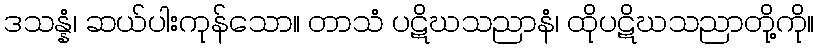
ဒသန္နံ၊ ဆယ်ပါးကုန်သော။ တာသံ ပဋိဃသညာနံ၊ ထိုပဋိဃသညာတို့ကို။